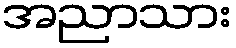
အညာသား